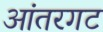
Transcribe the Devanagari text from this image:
आंतरगट